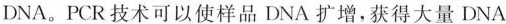
DNA。PCR技术可以使样品DNA扩增，获得大量DNA